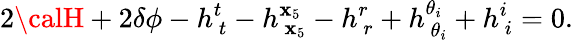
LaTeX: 2{\calH}+2\delta\phi-h_{~t}^{t}-h_{~\mathbf{x}_{5}}^{\mathbf{x}_{5}}-h_{~r}^{r}+h_{~\theta_{i}}^{\theta_{i}}+h_{~i}^{i}=0.